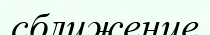
сближение